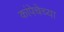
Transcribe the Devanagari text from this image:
कांपेचेच्या